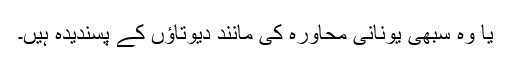
یا وہ سبھی یونانی محاورہ کی مانند دیوتاﺅں کے پسندیدہ ہیں۔